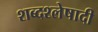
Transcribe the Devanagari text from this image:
शब्दश्लेषादी